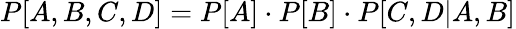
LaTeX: P[A,B,C,D]=P[A]\cdot P[B]\cdot P[C,D|A,B]